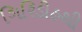
ગિરિડીહથી